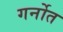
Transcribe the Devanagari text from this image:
गर्नोत